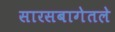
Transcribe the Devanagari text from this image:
सारसबागेतले